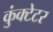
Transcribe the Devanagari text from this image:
कुंक्टेटर